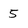
Character: 5